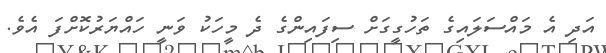
އަދި އެ މައްސަލައިގެ ތަހުގީގަށް ސިފައިންގެ ދެ މީހަކު ވަނީ ހައްޔަރުކޮށްފަ އެވެ.